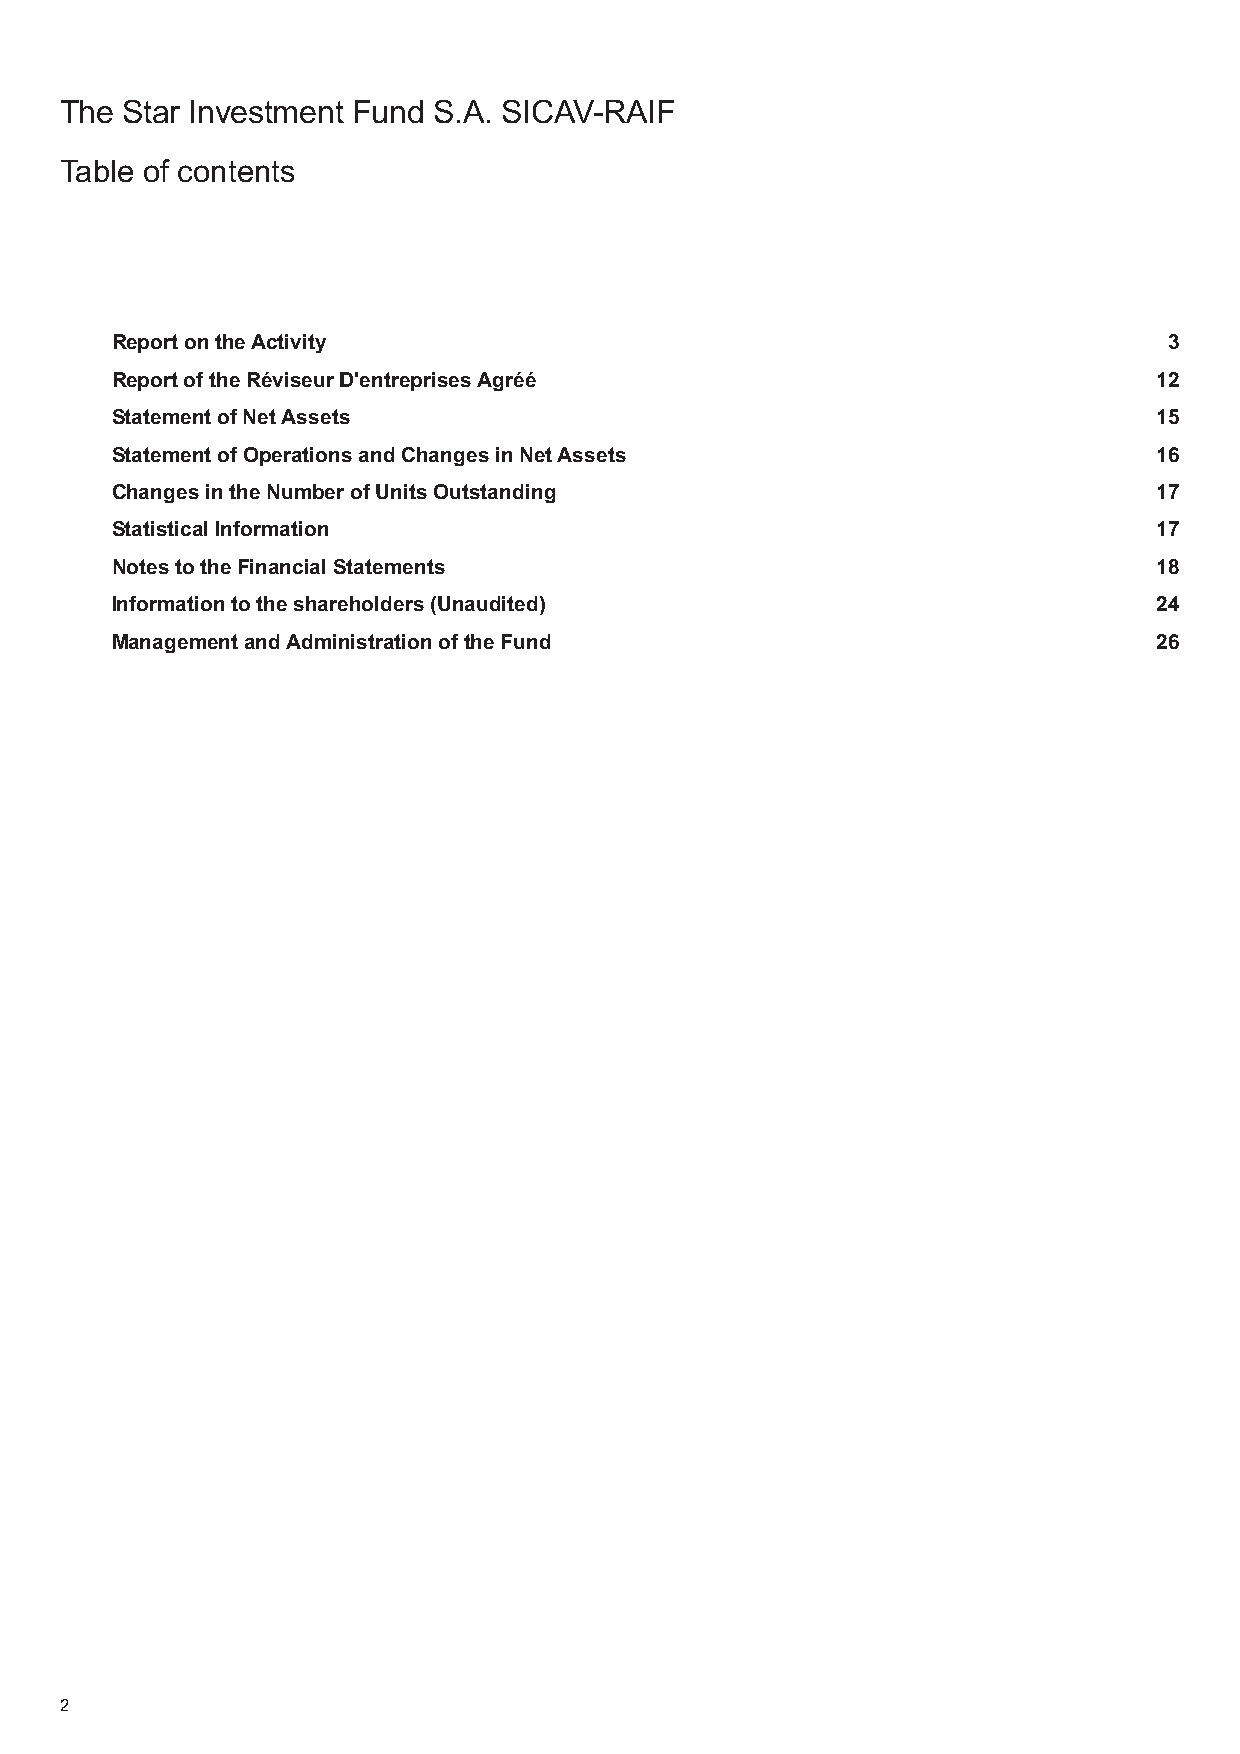
The Star Investment Fund S.A. SICAV-RAIF
 Table of contents
 ReportontheActivity                                                   3
 ReportoftheRéviseurD'entreprisesAgréé                                12
 StatementofNetAssets                                                 15
 StatementofOperationsandChangesinNetAssets                           16
 ChangesintheNumberofUnitsOutstanding                                 17
 StatisticalInformation                                               17
 NotestotheFinancialStatements                                        18
 Informationtotheshareholders(Unaudited)                              24
 ManagementandAdministrationoftheFund                                 26
 2